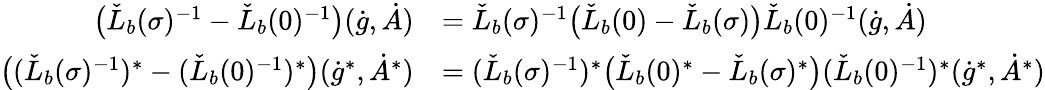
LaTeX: \begin{array}{rl}{\big(\check{L}_{b}(\sigma)^{-1}-\check{L}_{b}(0)^{-1}\big)(\dot{g},\dot{A})}&{=\check{L}_{b}(\sigma)^{-1}\big(\check{L}_{b}(0)-\check{L}_{b}(\sigma)\big)\check{L}_{b}(0)^{-1}(\dot{g},\dot{A})}\\ {\big((\check{L}_{b}(\sigma)^{-1})^{*}-(\check{L}_{b}(0)^{-1})^{*}\big)(\dot{g}^{*},\dot{A}^{*})}&{=(\check{L}_{b}(\sigma)^{-1})^{*}\big(\check{L}_{b}(0)^{*}-\check{L}_{b}(\sigma)^{*}\big)(\check{L}_{b}(0)^{-1})^{*}(\dot{g}^{*},\dot{A}^{*})}\end{array}